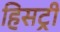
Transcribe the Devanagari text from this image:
हिसट्री